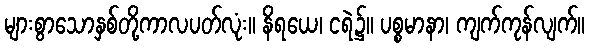
များစွာသောနှစ်တို့ကာလပတ်လုံး။ နိရယေ၊ ငရဲ၌။ ပစ္စမာနာ၊ ကျက်ကုန်လျက်။